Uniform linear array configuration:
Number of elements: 64
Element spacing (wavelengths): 1
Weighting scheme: hann
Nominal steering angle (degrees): -15
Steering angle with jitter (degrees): -16.213
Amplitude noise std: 0.05
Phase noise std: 0.05

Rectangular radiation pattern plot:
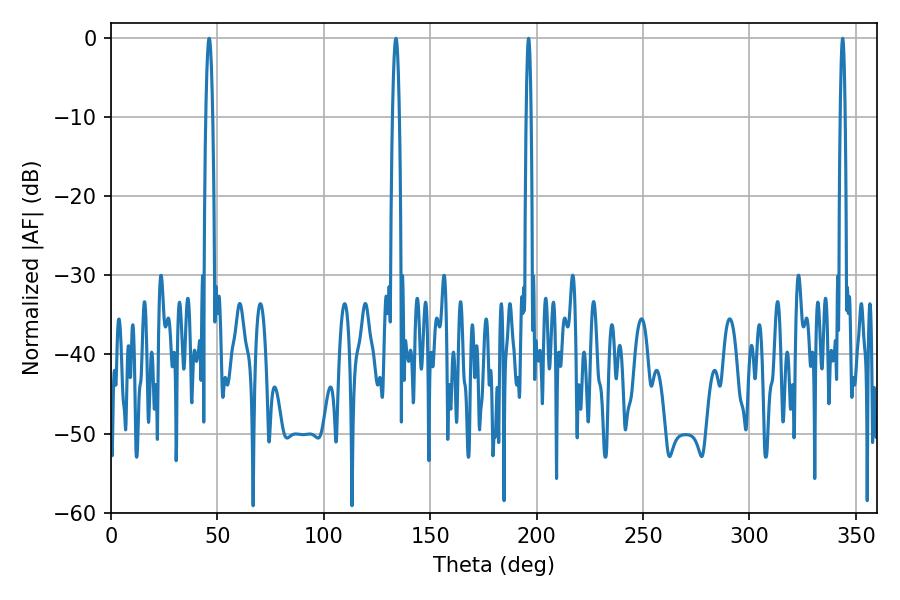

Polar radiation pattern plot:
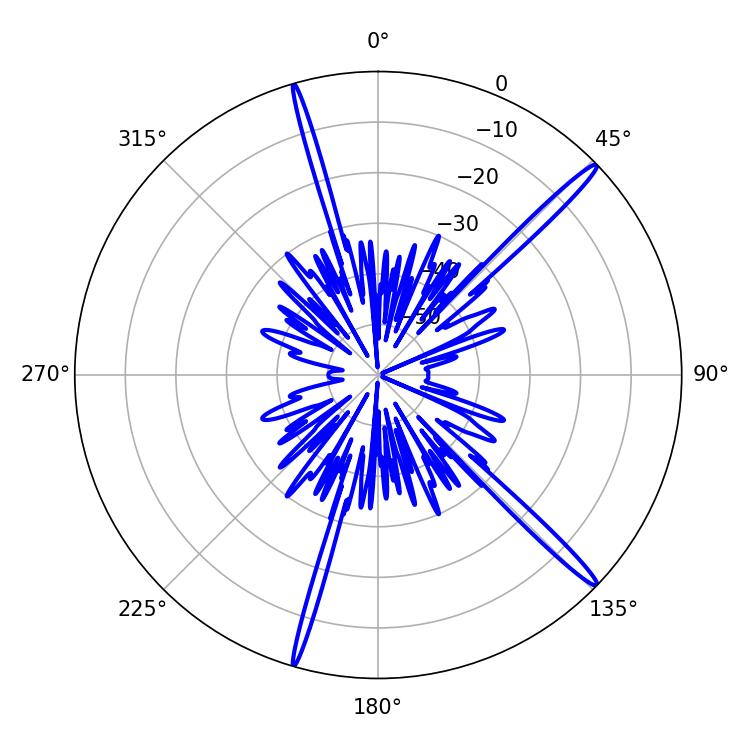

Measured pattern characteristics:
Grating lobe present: TRUE
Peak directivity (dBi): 17.48
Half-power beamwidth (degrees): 1.08
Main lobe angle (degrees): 196.2